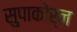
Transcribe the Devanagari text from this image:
सुपाकोर्न